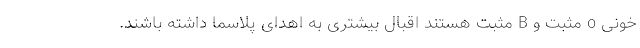
خونی o مثبت و B مثبت هستند اقبال بیشتری به اهدای پلاسما داشته باشند.